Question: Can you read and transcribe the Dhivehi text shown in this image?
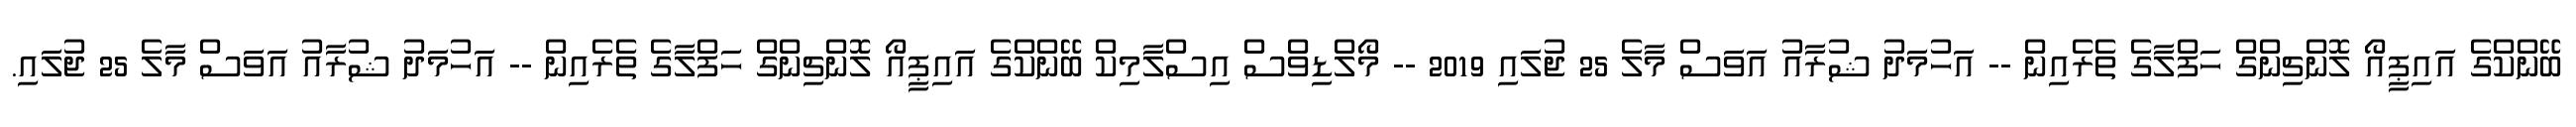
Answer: ބޭންކްގެ އައިޕީއޯ ލޮންޗިންގް ހަފްލާގެ ތެރެއިން -- އަހުމަދު ޝުރާއު އަވަސް މާލެ 25 ޖުލައި 2019 -- މޯލްޑިވްސް އިސްލާމިކް ބޭންކްގެ އައިޕީއޯ ލޮންޗިންގް ހަފްލާގެ ތެރެއިން -- އަހުމަދު ޝުރާއު އަވަސް މާލެ 25 ޖުލައި.